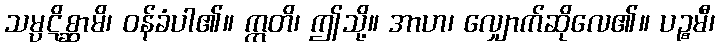
သမ္ပဋိစ္ဆာမိ၊ ဝန်ခံပါ၏။ ဣတိ၊ ဤသို့။ အာဟ၊ လျှောက်ဆိုလေ၏။ ပဉ္စမီ၊